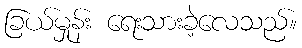
ခြယ်မှုန်း ရေးသားခဲ့လေသည်။